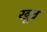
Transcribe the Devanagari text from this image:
खूब